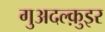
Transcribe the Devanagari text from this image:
गुअदल्क़ुइर